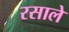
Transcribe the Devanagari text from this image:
रसाले